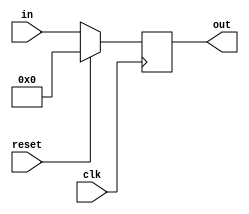
module dff2(in,clk,out,reset);
input reset;
input[5:0] in;
input clk;
output[5:0] out;
reg[5:0] out;
always @(posedge clk)
		begin
if(reset==1)
		begin
		out<=0;
		end
		else
		begin
		out<=in;
		end
		end
		endmodule